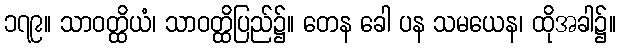
၁၇၉။ သာဝတ္ထိယံ၊ သာဝတ္ထိပြည်၌။ တေန ခေါ ပန သမယေန၊ ထိုအခါ၌။